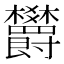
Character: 欝